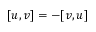
[ u , v ] = - [ v , u ]